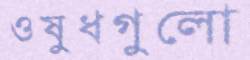
ওষুধগুলো